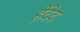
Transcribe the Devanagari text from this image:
हेंदेद